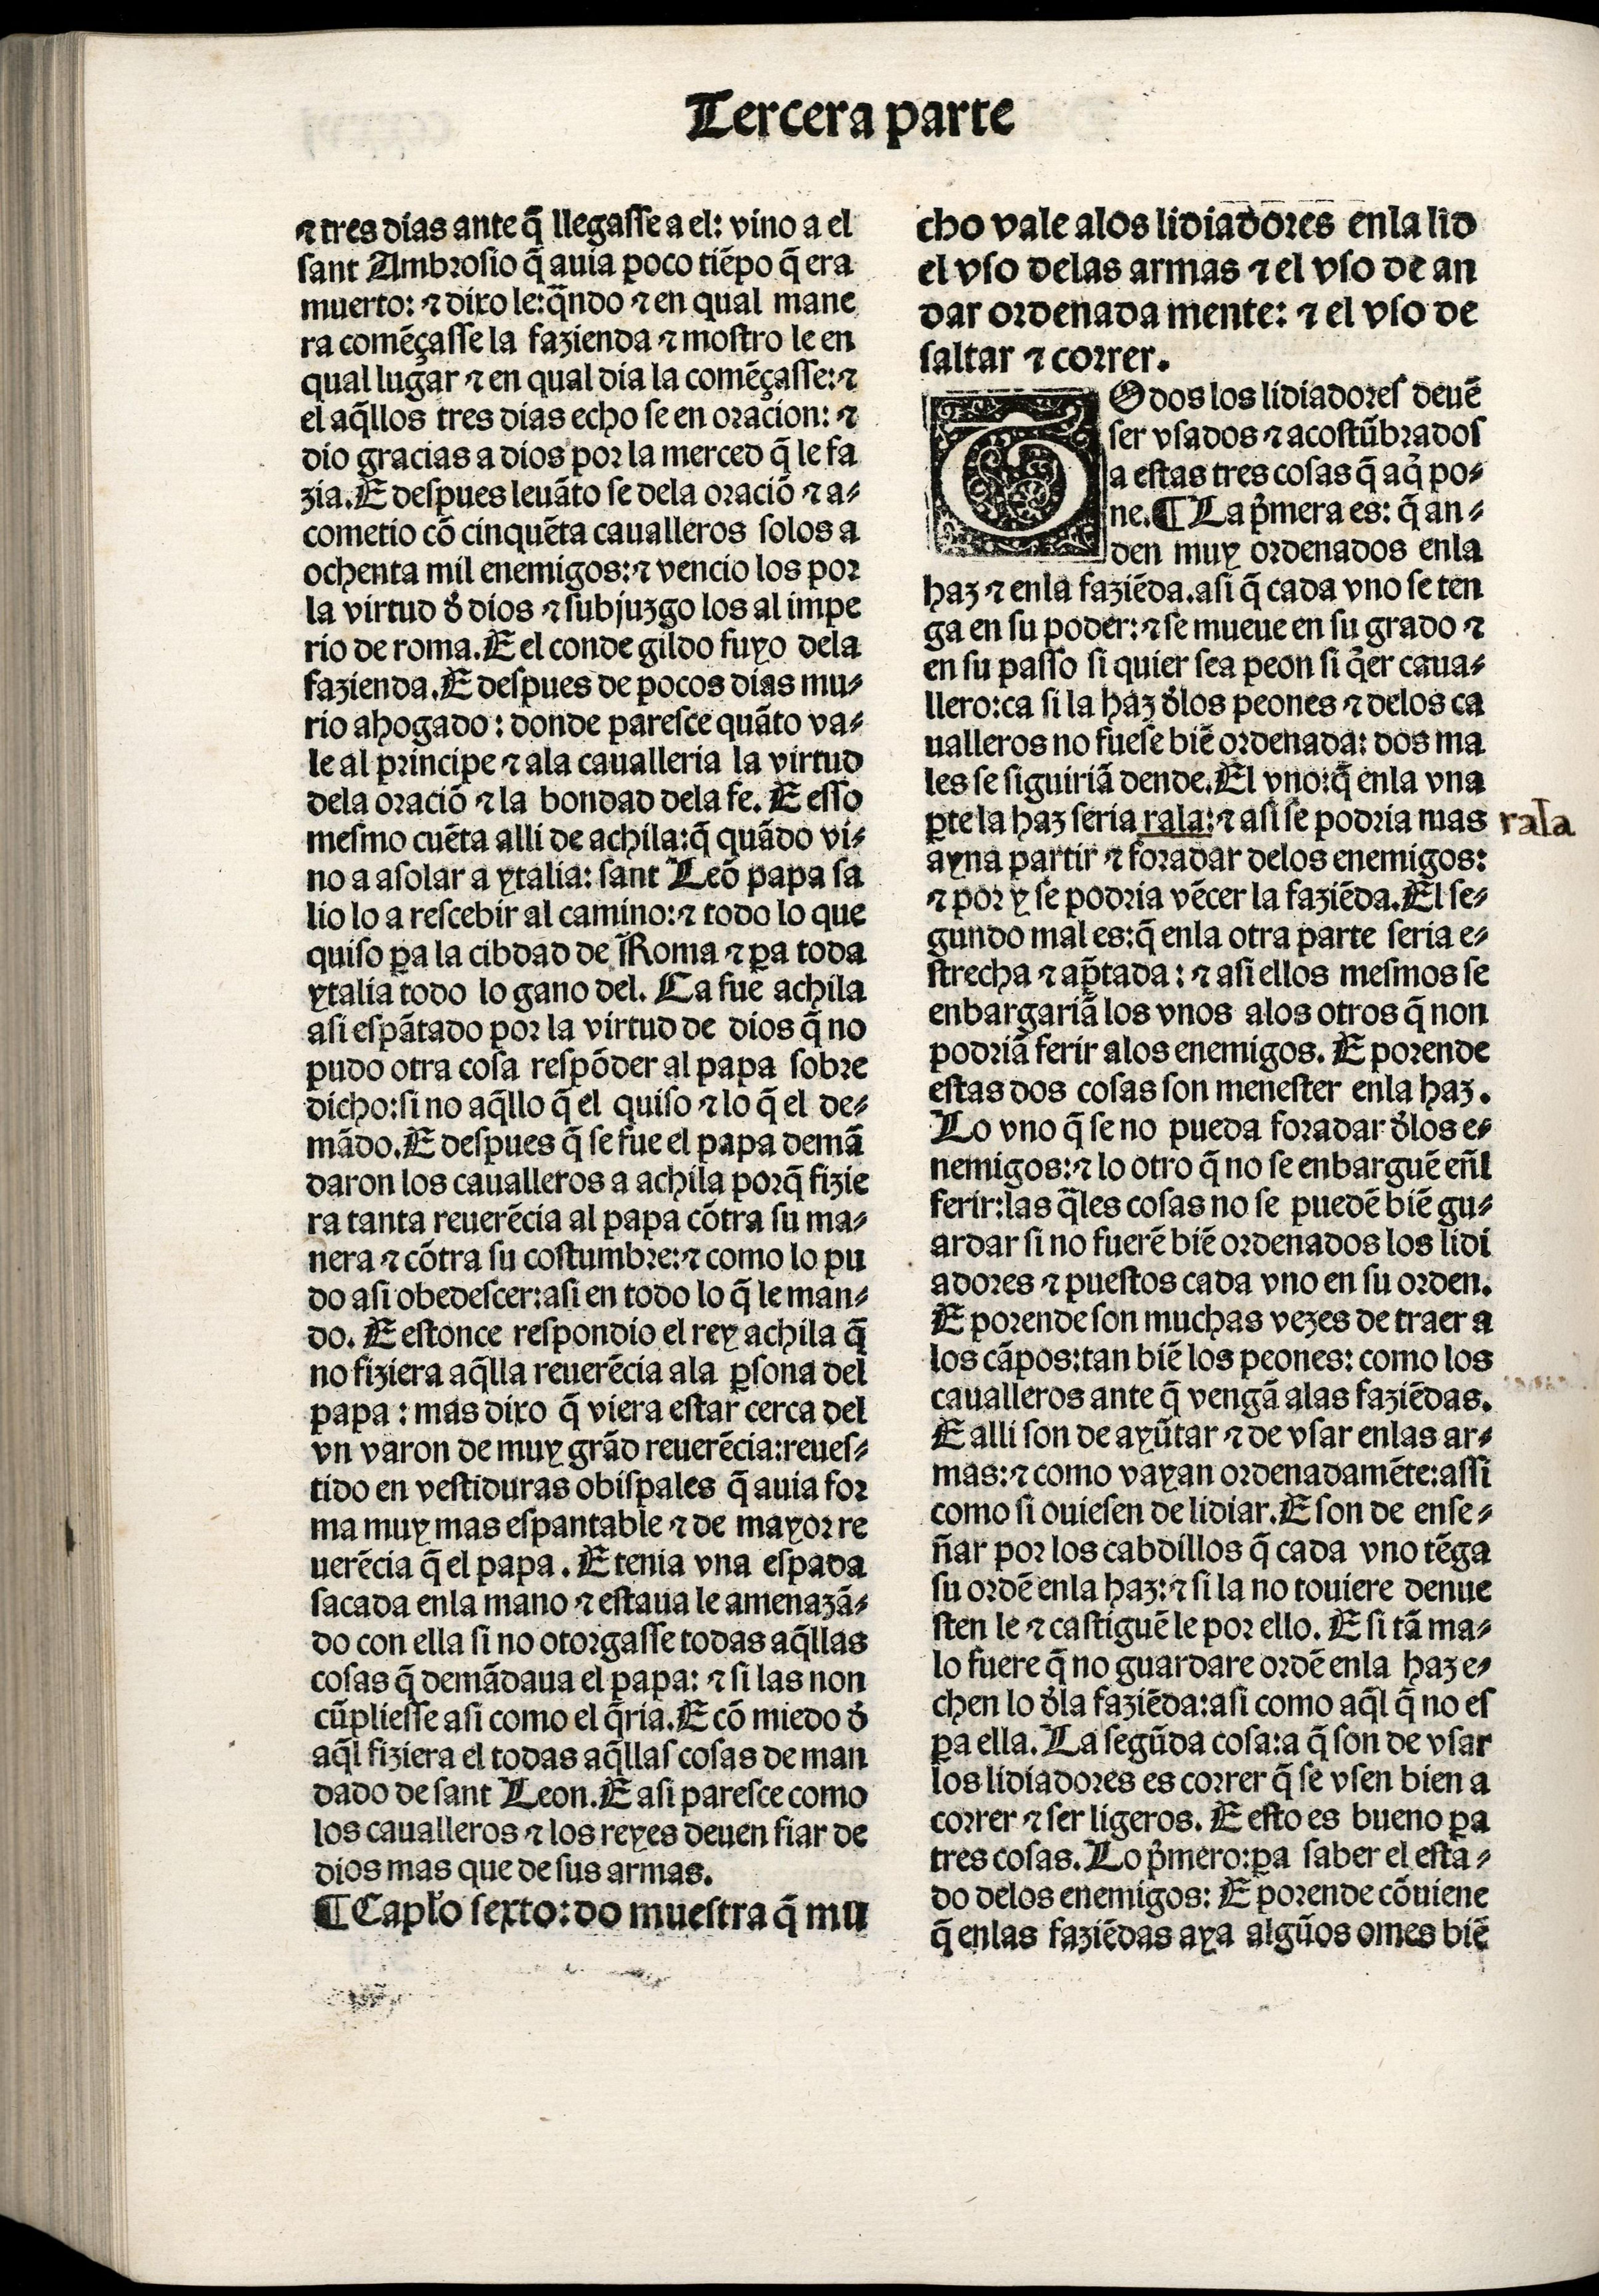
Shelfmark: Madrid, BNE, Inc. 901
Century: 15